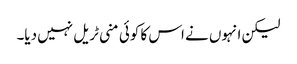
لیکن انہوں نے اس کا کوئی منی ٹریل نہیں دیا۔